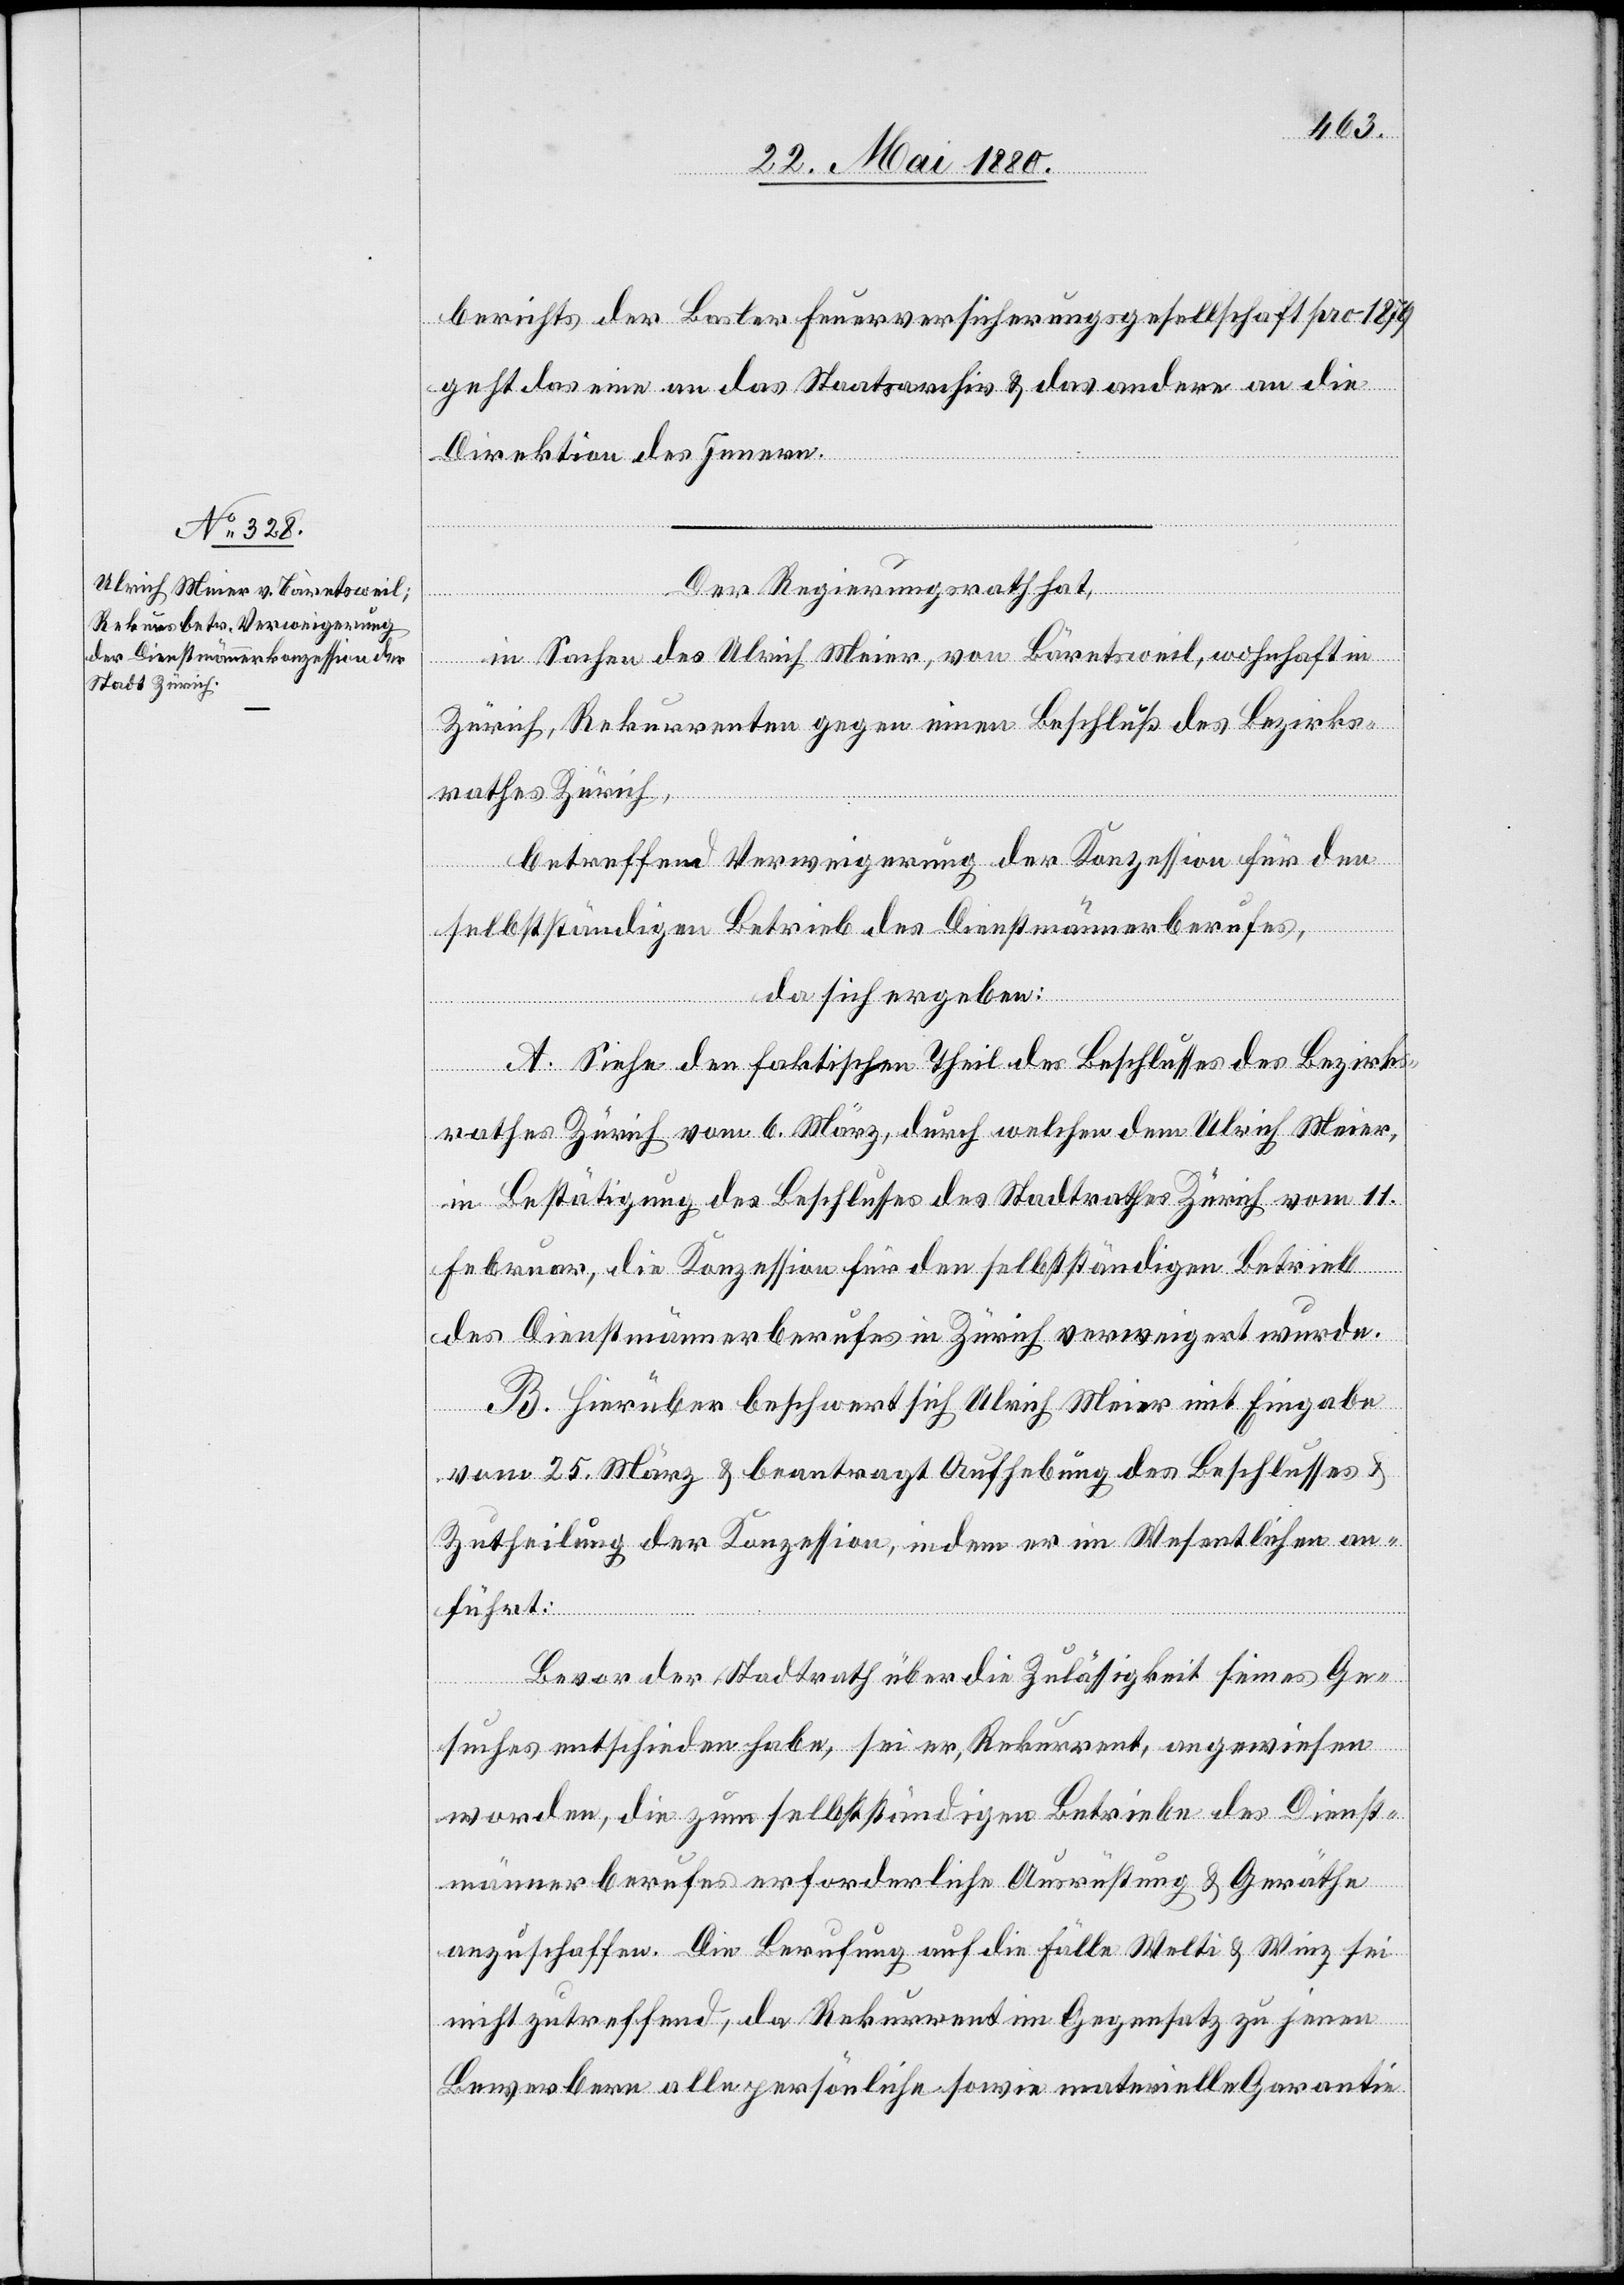
berichtes der Basler Feuerversicherungsgesellschaft pro 1879
geht das eine an das Staatsarchiv & das andere an die
Direktion des Innern.
Der Regierungsrath hat,
in Sachen des Ulrich Meier, von Bäretsweil, wohnhaft in
Zürich, Rekurrenten gegen einen Beschluß des Bezirks¬
rathes Zürich,
betreffend Verweigerung der Konzession für den
selbstständigen Betrieb des Dienstmännerberufes,
da sich ergeben:
A. Siehe den faktischen Theil des Beschlusses des Bezirks¬
rathes Zürich vom 6. März, durch welchen dem Ulrich Meier,
in Bestätigung des Beschlusses des Stadtrathes Zürich vom 11.
Februar, die Konzession für den selbstständigen Betrieb
des Dienstmännerberufes in Zürich verweigert wurde.
B. Hierüber beschwert sich Ulrich Meier mit Eingabe
vom 25. März & beantragt Aufhebung des Beschlusses &
Zutheilung der Konzession, indem er im Wesentlichen an¬
führt:
Bevor der Stadtrath die Zulässigkeit seines Ge¬
suches entschieden habe, sei er, Rekurrent, angewiesen
worden, die zum selbstständigen Betriebe des Dienst¬
männerberufes erforderliche Ausrüstung & Geräthe
anzuschaffen. Die Berufung auf die Fälle Welti & Winz sei
nicht zutreffend, da Rekurrent im Gegensatz zu jenen
Bewerbern alle persönliche sowie materielle Garantie